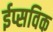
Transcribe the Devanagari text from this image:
ईप्सविक